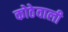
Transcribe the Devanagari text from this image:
कोठेवाली